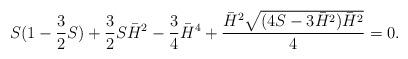
LaTeX: \begin{align*}\begin{aligned}S(1-\dfrac32S)+\dfrac32S\bar H^2-\dfrac34\bar H^4+\dfrac{\bar H^2\sqrt{(4S-3\bar H^2)\bar H^2}}4=0.\end{aligned}\end{align*}